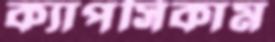
ক্যাপসিকাম